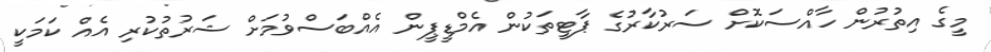
މީގެ އިތުރުން ހާއްސަކޮށް ސަރުކާރުގެ ޕާޓީތަކުން އެމްޑީޕީން އެއްބަސްވުމަށް ޝަރުތުކުރި އެއް ކަމަކީ